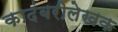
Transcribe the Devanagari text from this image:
कादंबरीलेखक